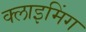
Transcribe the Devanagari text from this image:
क्लाइमिंग